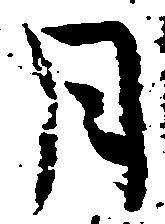
月